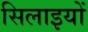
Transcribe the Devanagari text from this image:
सिलाइयों